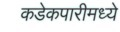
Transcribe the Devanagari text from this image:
कडेकपारीमध्ये